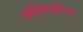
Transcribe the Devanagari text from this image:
सांख्यिकीचा